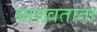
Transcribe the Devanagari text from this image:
घालवताता